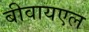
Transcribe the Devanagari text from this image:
बीवायएल